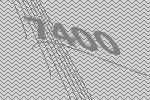
7400